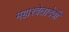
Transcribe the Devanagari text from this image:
महाश्वेतादेवी